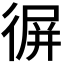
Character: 𢔧